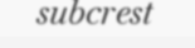
subcrest